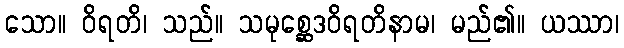
သော။ ဝိရတိ၊ သည်။ သမုစ္ဆေဒဝိရတိနာမ၊ မည်၏။ ယဿာ၊